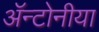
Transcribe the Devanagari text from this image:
ॲन्टोनीया